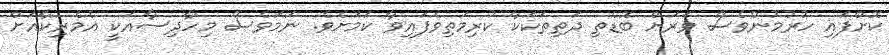
ކޮށްފައި ހުރުމުންވެސް ވަރަށް ބޮޑެތި ދަތިތަކަކާ ކުރިމަތިވެފައިވާ ކަމަށެވެ. ނަމަވެސް މިހާދިސާއަކީ އެމެރިކާއަށް